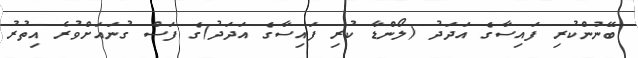
ބޭނުންކުރި ފައިސާގެ އަދަދު (ލޯންޑާ ކުރި ފައިސާގެ އަދަދު)ގެ ފަސް ގުނައަށްވުރެ އިތުރު